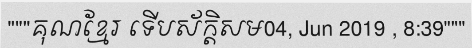
"""គុណខ្មែរ ទើបស័ក្តិសម04, Jun 2019 , 8:39"""